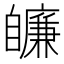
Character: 𦤩